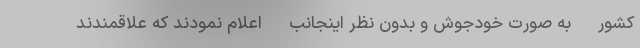
کشور -به صورت خودجوش و بدون نظر اینجانب- اعلام نمودند که علاقمندند